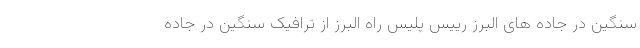
سنگین در جاده های البرز رییس پلیس راه البرز از ترافیک سنگین در جاده